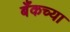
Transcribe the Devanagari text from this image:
बँकच्या